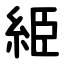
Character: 䋗